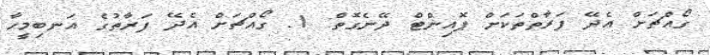
ގޯއްޗަށް އެދޭ ފަރާތްތަކަށް ޕޮއިންޓް ދޭނެގޮތް: 1. ގޯއްޗަށް އެދޭ ފަރާތުގެ އަނބިމީހާ